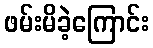
ဖမ်းမိခဲ့ကြောင်း